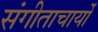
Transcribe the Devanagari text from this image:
संगीताचार्यों